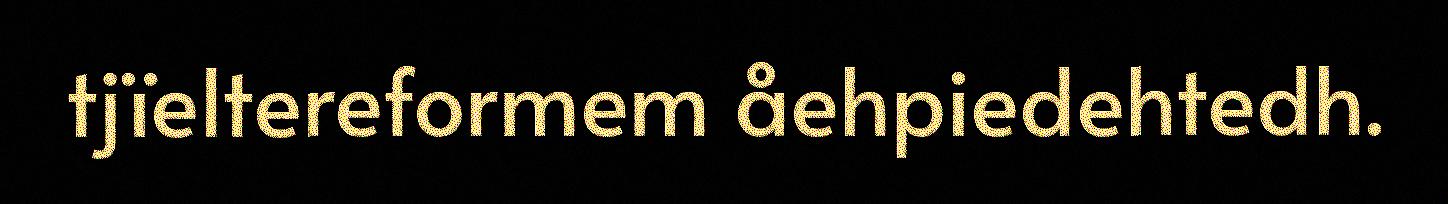
tjïeltereformem åehpiedehtedh.